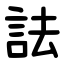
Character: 詓